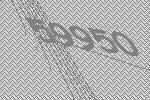
59950